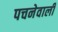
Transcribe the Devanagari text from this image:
पचनेवाली